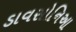
ડાવસોનિઆ